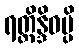
ရတ္တိန္ဒိဝမ္ပိ